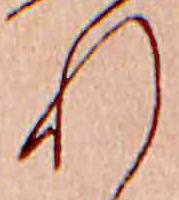
れ